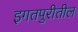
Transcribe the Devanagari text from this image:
इगतपुरीतील